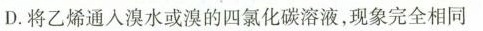
D.将乙烯通入溴水或溴的四氯化碳溶液，现象完全相同